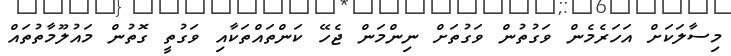
މިސާލަކަށް އަހަރެމެން ވަގުތުން ވަގުތަށް ނިންމަން ޖެހޭ ކަންތައްތަކާއި ވަގުތީ ގޮތުން މައުލޫމާތުތައް